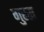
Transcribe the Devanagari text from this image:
गुरस